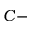
C -